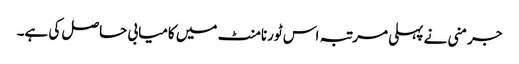
جرمنی نے پہلی مرتبہ اس ٹورنامنٹ میں کامیابی حاصل کی ہے۔